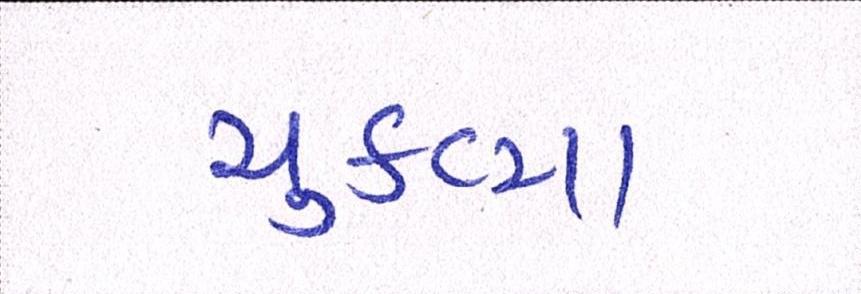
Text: ચુકવ્યા